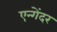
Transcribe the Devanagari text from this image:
एन्गेंदर